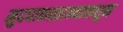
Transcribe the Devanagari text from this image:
मुदपाकखान्यामधून